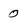
Character: O